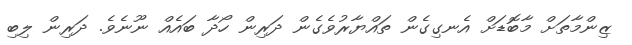
ޒިންމާތަށް މާބޮޑަށް އެނގިގެން ތައްޔާރުވެގެން ދަރިން ހޯދާ ބައެއް ނޫނެވެ. ދަރިން ލިބި